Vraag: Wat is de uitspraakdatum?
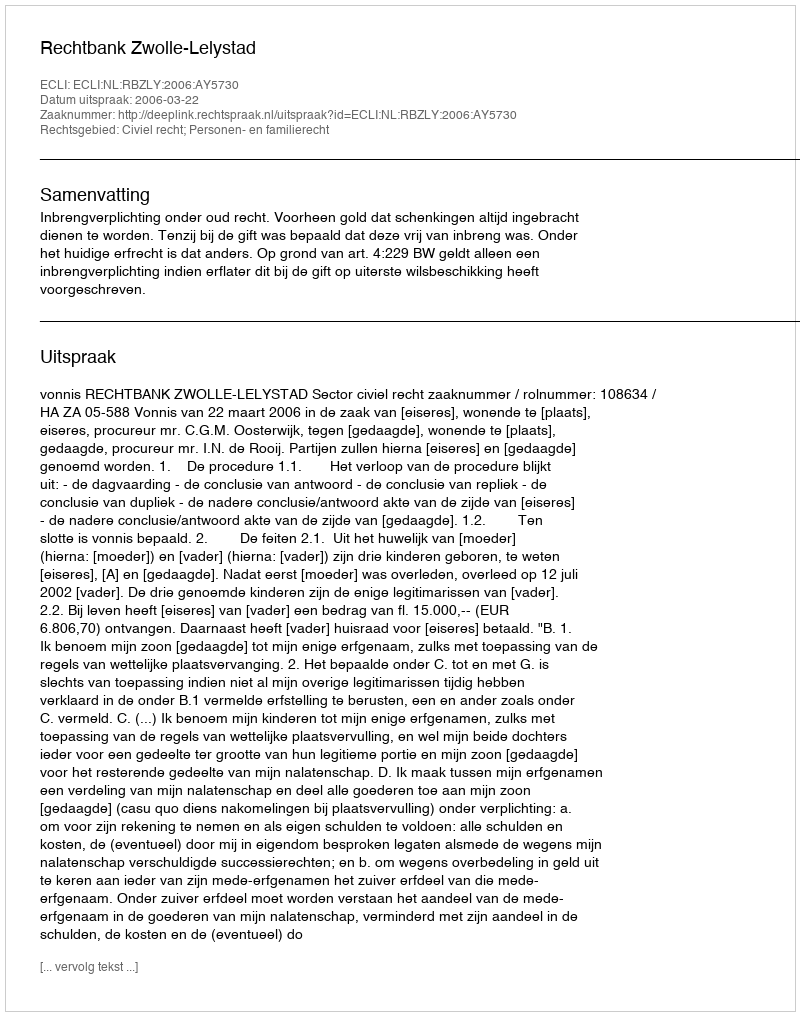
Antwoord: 2006-03-22